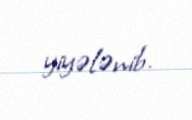
yiyələnib.